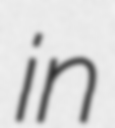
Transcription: in